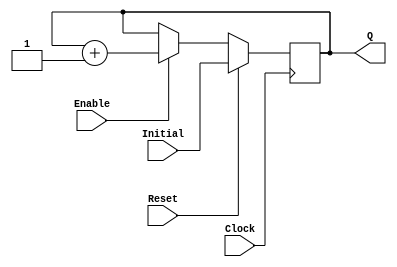
`timescale 1ns / 1ps
//------------------------------------------------
module UPCOUNTER_POSEDGE # (parameter SIZE=16)
(
input wire Clock, Reset,
input wire [SIZE-1:0] Initial,
input wire Enable,
output reg [SIZE-1:0] Q
);


  always @(posedge Clock )
  begin
      if (Reset)
        Q = Initial;
      else
		begin
		if (Enable)
			Q = Q + 1;
			
		end			
  end

endmodule
//----------------------------------------------------
module FFD_POSEDGE_SYNCRONOUS_RESET # ( parameter SIZE=8 )
(
	input wire				Clock,
	input wire				Reset,
	input wire				Enable,
	input wire [SIZE-1:0]	D,
	output reg [SIZE-1:0]	Q
);
	

always @ (posedge Clock) 
begin
	if ( Reset )
		Q <= 0;
	else
	begin	
		if (Enable) 
			Q <= D; 
	end	
 
end//always

endmodule


//----------------------------------------------------------------------
//Implementacion del modulo IMUL basandonos en un array multiplier
module IMUL (oResult, A, B);
	input wire [3:0] A;
	input wire [3:0] B;
	output [7:0] oResult; //la salida no puede ser mayor a 8 bits ya que las entradas son de 4

	//cables para los acarreos 
	wire Ci_00, Ci_01, Ci_02, Ci_03, Ci_10, Ci_11, Ci_12, Ci_13, Ci_20, Ci_21, Ci_22; 
	wire r01, r02, r03, r11, r12, r13; 


	//r[0]
	assign oResult[0] = A[0] & B[0];

	//r[1]
	full_adder adder00 (.A(A[0] & B[1]), .B(A[1] & B[0]), 
						.Ci(1'b0), .R(oResult[1]), .Co(Ci_00)); 
	
	//r[2]
	full_adder adder01 (.A(A[2] & B[0]), .B(A[1] & B[1]), 
						.Ci(Ci_00), .R(r01), .Co(Ci_01)); 
	full_adder adder10 (.A(A[0] & B[2]), .B(r01), .Ci(1'b0),
						 .R(oResult[2]), .Co(Ci_10)); 
	
	//r[3]
	full_adder adder02 (.A(A[3] & B[0]), .B(A[2] & B[1]), 
						.Ci(Ci_01), .R(r02), .Co(Ci_02));
	full_adder adder11 (.A(A[1] & B[2]), .B(r02), .Ci(Ci_10), 
						.R(r11), .Co(Ci_11));
	full_adder adder20 (.A(A[0] & B[3]), .B(r11), .Ci(1'b0), 
						.R(oResult[3]), .Co(Ci_20));

	//r[4]
	full_adder adder03 (.A(1'b0), .B(A[3] & B[1]), .Ci(Ci_02), 
						.R(r03), .Co(Ci_03));
	full_adder adder12 (.A(A[2] & B[2]), .B(r03), .Ci(Ci_11), 
						.R(r12), .Co(Ci_12));
	full_adder adder21 (.A(A[1] & B[3]), .B(r12), .Ci(Ci_20), 
						.R(oResult[4]), .Co(Ci_21));

	//r[5]
	full_adder adder13 (.A(A[3] & B[2]), .B(Ci_03), .Ci(Ci_12), 
						.R(r13), .Co(Ci_13)); 
	full_adder adder22 (.A(A[2] & B[3]), .B(r13), .Ci(Ci_21), 
						.R(oResult[5]), .Co(Ci_22)); 

	//r[6]
	full_adder adder23 (.A(A[3] & B[3]), .B(Ci_13), .Ci(Ci_22), 
						.R(oResult[6]), .Co(oResult[7]));


endmodule

//----------------------------------------------------------------------
//Esta es la implementacion de un sumador completo
//va a ser de suma importancia para la implementacion de las operaciones IMUL
//y la operacion subsecuente utilizando genvar
module full_adder (A, B, Ci, R, Co);

input wire A, B, Ci; 
output wire R, Co; 

assign {Co, R} = A + B + Ci;

endmodule

//----------------------------------------------------------------------
module mux_4x1 #(parameter SIZE = 16) (Shifted_A, Q, A, B);

input wire [SIZE - 1:0] A; //input wire [15:0] A; 
input wire [1:0] B;

output reg [SIZE+1:0] Shifted_A; //output reg [17:0] Shifted_A; 
output reg [SIZE+1:0] Q; // Q y Shifted_A necesitan 1 bit mas que A por la suma y el desplazamiento respectivamente. 

always @(*) begin
	case(B)
		0: Q <= 0; 						// A *0
		1: Q <= A; 						// A *1
		2: Q <= A << 1'b1;			// A *2
		3: Q <= (A << 1'b1) + A;	// A *3

		default: Q <= 0;				// A *0
	endcase

	Shifted_A <= A << 2'b10;	// Desplazamiento adicional para adecuar la entrada 
end										// al siguiente mux_4x1 segun el algoritmo.

endmodule

//----------------------------------------------------------------------

module IMUL2 (result, A, B);
	output reg [31:0] result; // Resultado de 32bits ya que se multiplican 2 numeros de 16bits.
	input wire [15:0] A;
	input wire [15:0] B;

	wire [17:0] shifted_17A; // Los tamanos van aumentando debido a que A se desplaza 2 veces
	wire [19:0] shifted_19A; // hacia la izquierda por cada etapa de mux.
	wire [21:0] shifted_21A;
	wire [23:0] shifted_23A;
	wire [25:0] shifted_25A;
	wire [27:0] shifted_27A;
	wire [29:0] shifted_29A;

	wire [17:0] oMux1;
	wire [19:0] oMux2;
	wire [21:0] oMux3;
	wire [23:0] oMux4;
	wire [25:0] oMux5;
	wire [27:0] oMux6;
	wire [29:0] oMux7;
	wire [31:0] oMux8;

	mux_4x1 # (16) mux1(.Shifted_A(shifted_17A), .Q(oMux1), .A(A), .B(B[1:0]));
	mux_4x1 # (18) mux2(.Shifted_A(shifted_19A), .Q(oMux2), .A(shifted_17A), .B(B[3:2]));
	mux_4x1 # (20) mux3(.Shifted_A(shifted_21A), .Q(oMux3), .A(shifted_19A), .B(B[5:4]));
	mux_4x1 # (22) mux4(.Shifted_A(shifted_23A), .Q(oMux4), .A(shifted_21A), .B(B[7:6]));
	mux_4x1 # (24) mux5(.Shifted_A(shifted_25A), .Q(oMux5), .A(shifted_23A), .B(B[9:8]));
	mux_4x1 # (26) mux6(.Shifted_A(shifted_27A), .Q(oMux6), .A(shifted_25A), .B(B[11:10]));
	mux_4x1 # (28) mux7(.Shifted_A(shifted_29A), .Q(oMux7), .A(shifted_27A), .B(B[13:12]));
	mux_4x1 # (30) mux8(.Q(oMux8), .A(shifted_29A), .B(B[15:14]));

	// Se suman los resultados de todos los muxes segun el algoritmo.	
	always @(*)begin 
		result = oMux1 + oMux2 + oMux3 + oMux4 + oMux5 + oMux6 + oMux7 + oMux8;
	end

endmodule